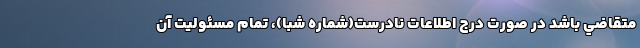
متقاضي باشد در صورت درج اطلاعات نادرست(شماره شبا)، تمام مسئوليت آن